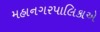
મહાનગરપાલિકાએ